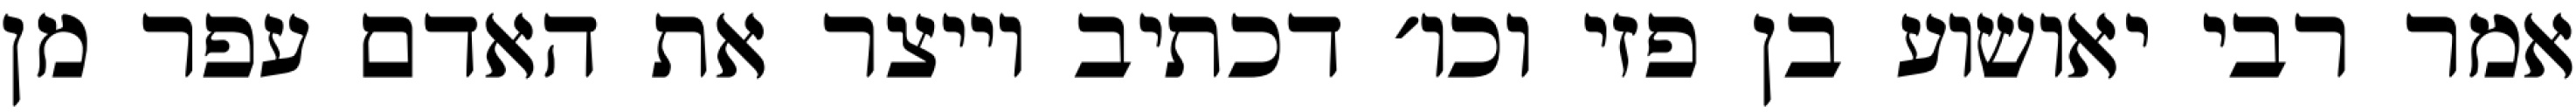
אמר רבי יאושוע בן פזי וכו׳ דכתיב וייצר את האדם עפר מן